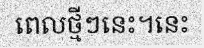
ពេលថ្មីៗនេះ។នេះ